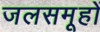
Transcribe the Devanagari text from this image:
जलसमूहों